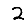
Digit: 2